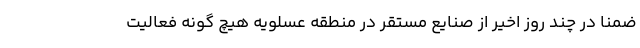
ضمناً در چند روز اخیر از صنایع مستقر در منطقه عسلویه هیچ گونه فعالیت